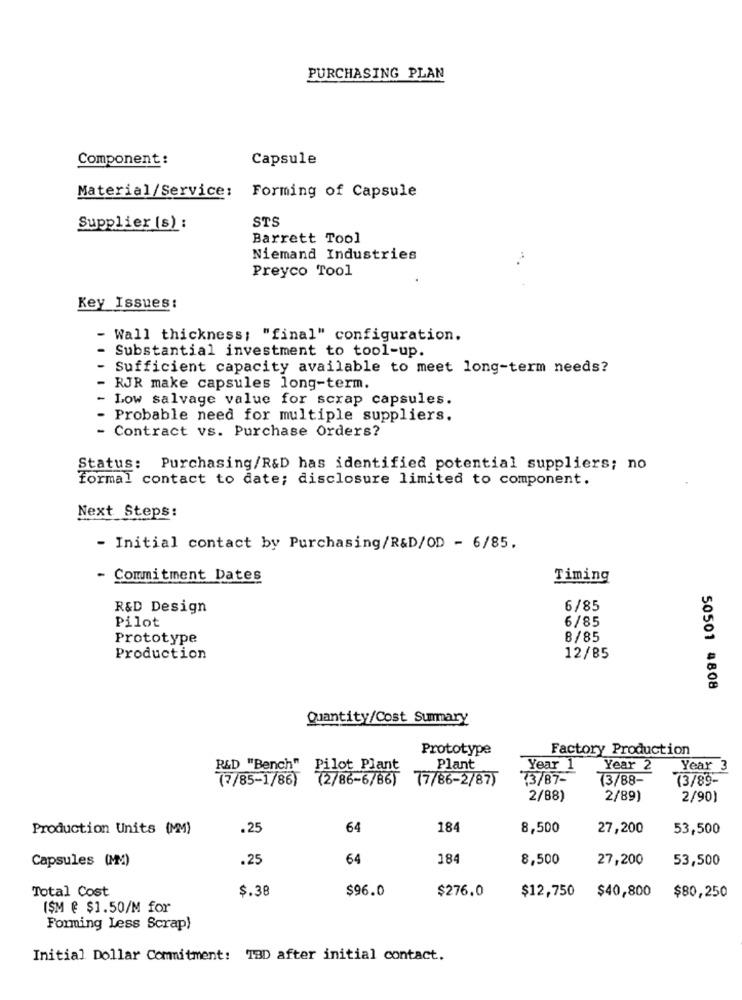
PURCHASING PLAN
Component :
Capsule
Material/Service:
Forming of Capsule
Supplier (s) :
STS
Barrett Tool
Niemand Industries
Preyco Tool
Key Issues:
- Wall thickness; "final" configuration.
Substantial investment to tool-up.
Sufficient capacity available to meet long-term needs?
- RJR make capsules long-term.
- Low salvage value for scrap capsules.
Probable need for multiple suppliers.
- Contract vs. Purchase Orders?
Status: Purchasing/R&D has identified potential suppliers; no
formal contact to date; disclosure limited to component.
Next Steps:
- Initial contact by Purchasing/R&D/OD - 6/85.
- Commitment Dates
Timing
R&D Design
6/85
Pilot
6/85
Prototype
8/85
Production
12/85
50501 4808
Quantity/Cost Summary
Prototype
Factory Production
R&D "Bench" Pilot Plant
Plant
Year 1
Year 2
Year 3
(7/85-1/86)
72/86-6/86)
77/86-2/87)
73/87-
73/88-
(3/89
2/88)
2/89)
2/90)
Production Units (MM)
.25
64
184
8,500
27,200
53,500
Capsules (MM)
.25
64
184
8,500
27,200
53,500
Total Cost
$.38
$96.0
$276.0
$12,750
$40,800
$80,250
ISM @ $1.50/M for
Forming Less Scrap)
Initial Dollar Commitment: 13D after initial contact.